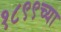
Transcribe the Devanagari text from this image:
१८९९च्या